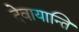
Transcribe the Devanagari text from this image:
देवायान्ति